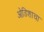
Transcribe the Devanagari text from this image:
ओडिशाचा